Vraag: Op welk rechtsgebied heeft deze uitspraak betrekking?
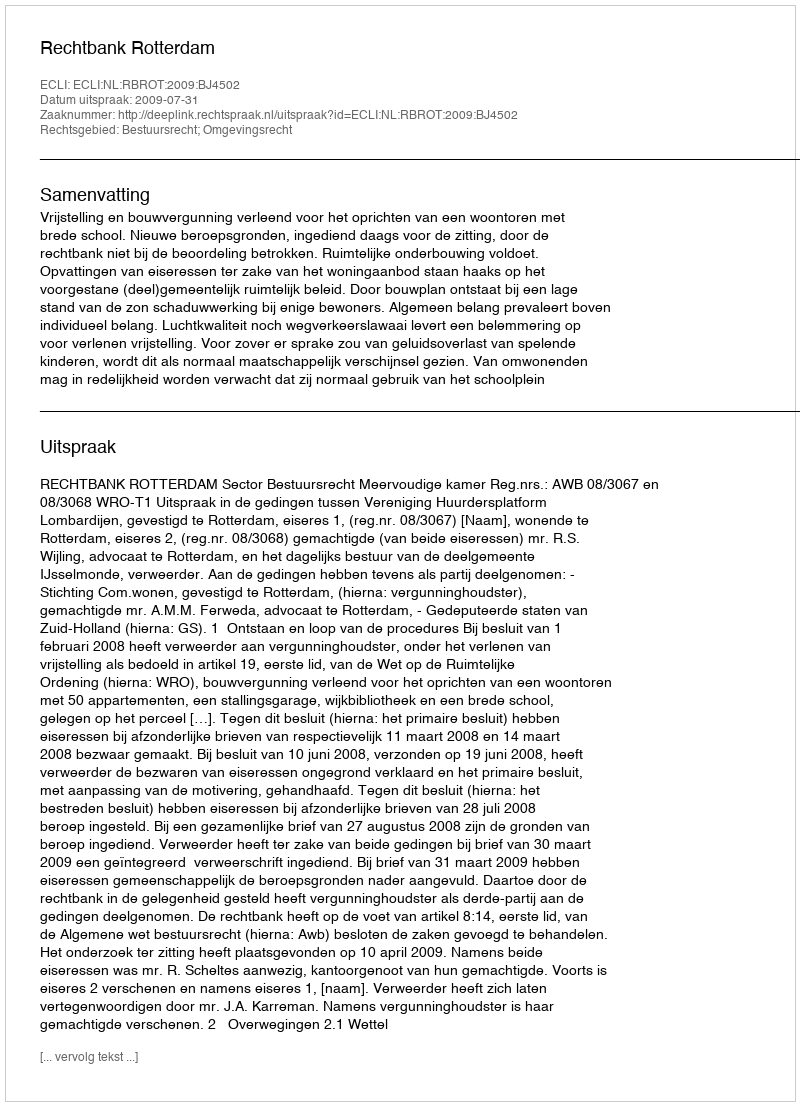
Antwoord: Bestuursrecht; Omgevingsrecht